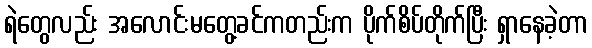
ရဲတွေလည်း အလောင်းမတွေ့ခင်ကတည်းက ပိုက်စိပ်တိုက်ပြီး ရှာနေခဲ့တာ